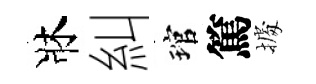
牀糾琯篤𢴃